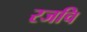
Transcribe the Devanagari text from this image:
रजचि